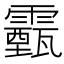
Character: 𩆛